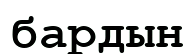
бардын